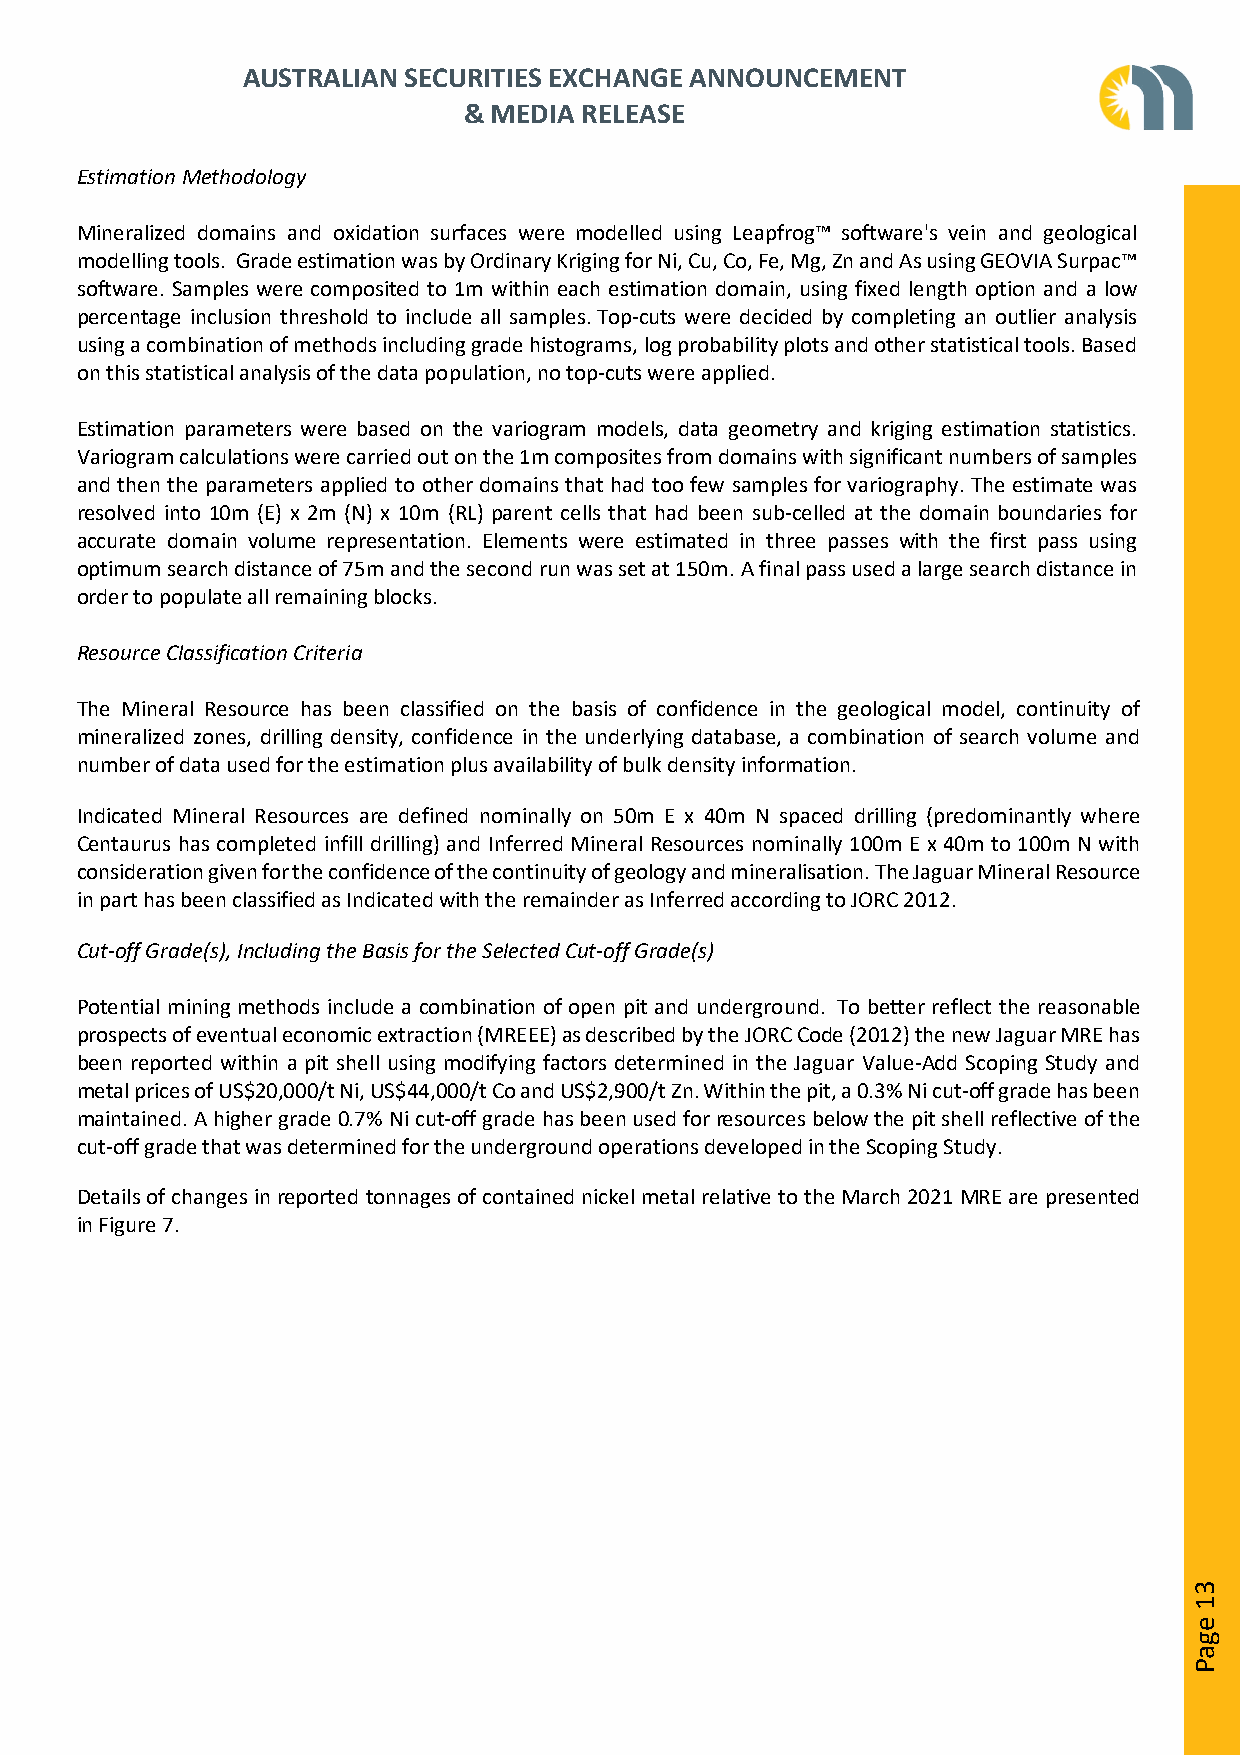
AUSTRALIAN SECURITIES EXCHANGE ANNOUNCEMENT
 & MEDIA RELEASE
 Estimation Methodology
 Mineralized domains and oxidation surfaces were modelled using Leapfrog™ software's vein and geological
 modelling tools. Grade estimation was by Ordinary Kriging for Ni, Cu, Co, Fe, Mg, Zn and As using GEOVIA Surpac™
 software. Samples were composited to 1m within each estimation domain, using fixed length option and a low
 percentage inclusion threshold to include all samples. Top-cuts were decided by completing an outlier analysis
 using a combination of methods including grade histograms, log probability plots and other statistical tools. Based
 on this statistical analysis of the data population, no top-cuts were applied.
 Estimation parameters were based on the variogram models, data geometry and kriging estimation statistics.
 Variogram calculations were carried out on the 1m composites from domains with significant numbers of samples
 and then the parameters applied to other domains that had too few samples for variography. The estimate was
 resolved into 10m (E) x 2m (N) x 10m (RL) parent cells that had been sub-celled at the domain boundaries for
 accurate domain volume representation. Elements were estimated in three passes with the first pass using
 optimum search distance of 75m and the second run was set at 150m. A final pass used a large search distance in
 order to populate all remaining blocks.
 Resource Classification Criteria
 The Mineral Resource has been classified on the basis of confidence in the geological model, continuity of
 mineralized zones, drilling density, confidence in the underlying database, a combination of search volume and
 number of data used for the estimation plus availability of bulk density information.
 Indicated Mineral Resources are defined nominally on 50m E x 40m N spaced drilling (predominantly where
 Centaurus has completed infill drilling) and Inferred Mineral Resources nominally 100m E x 40m to 100m N with
 consideration given for the confidence of the continuity of geology and mineralisation. The Jaguar Mineral Resource
 in part has been classified as Indicated with the remainder as Inferred according to JORC 2012.
 Cut-off Grade(s), Including the Basis for the Selected Cut-off Grade(s)
 Potential mining methods include a combination of open pit and underground. To better reflect the reasonable
 prospects of eventual economic extraction (MREEE) as described by the JORC Code (2012) the new Jaguar MRE has
 been reported within a pit shell using modifying factors determined in the Jaguar Value-Add Scoping Study and
 metal prices of US$20,000/t Ni, US$44,000/t Co and US$2,900/t Zn. Within the pit, a 0.3% Ni cut-off grade has been
 maintained. A higher grade 0.7% Ni cut-off grade has been used for resources below the pit shell reflective of the
 cut-off grade that was determined for the underground operations developed in the Scoping Study.
 Details of changes in reported tonnages of contained nickel metal relative to the March 2021 MRE are presented
 in Figure 7.
 31
 egaP